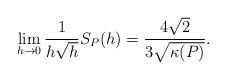
LaTeX: \begin{align*} \begin{aligned} \lim_{h\rightarrow 0} \frac{1}{h\sqrt{h}}S_P(h)= \frac{4\sqrt{2}}{3\sqrt{\kappa(P)}}. \end{aligned} \end{align*}